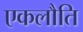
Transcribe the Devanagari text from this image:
एकलौति